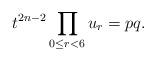
LaTeX: \begin{gather*}t^{2n-2}\prod_{0\le r<6} u_r = pq.\end{gather*}